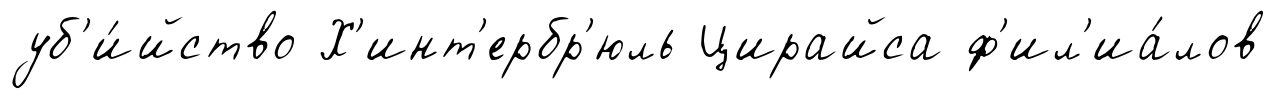
уб'и́йство Х'инт'ербр'юль Цирайса ф'ил'иа́лов